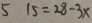
5 1 5 = 2 8 - 3 x